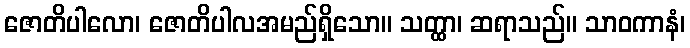
ဇောတိပါလော၊ ဇောတိပါလအမည်ရှိသော။ သတ္ထာ၊ ဆရာသည်။ သာဝကာနံ၊